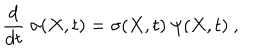
{ \frac { d } { d t } } \ \sigma ( X , t ) = \sigma ( X , t ) \ \psi ( X , t ) \ ,